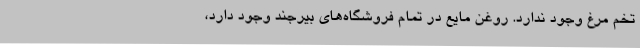
تخم مرغ وجود ندارد. روغن مایع در تمام فروشگاه‌های بیرجند وجود دارد،